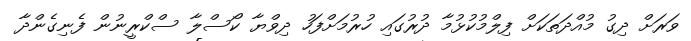
ވަރަށް ދިގު މުއްދަތަކަށް ފިލްމުކުޅުމާ ދުރުގައި ހުރުމަށްފަހު ދިވްޔާ ކޯސްލާ ސްކްރީނުން ފެނިގެންދާ